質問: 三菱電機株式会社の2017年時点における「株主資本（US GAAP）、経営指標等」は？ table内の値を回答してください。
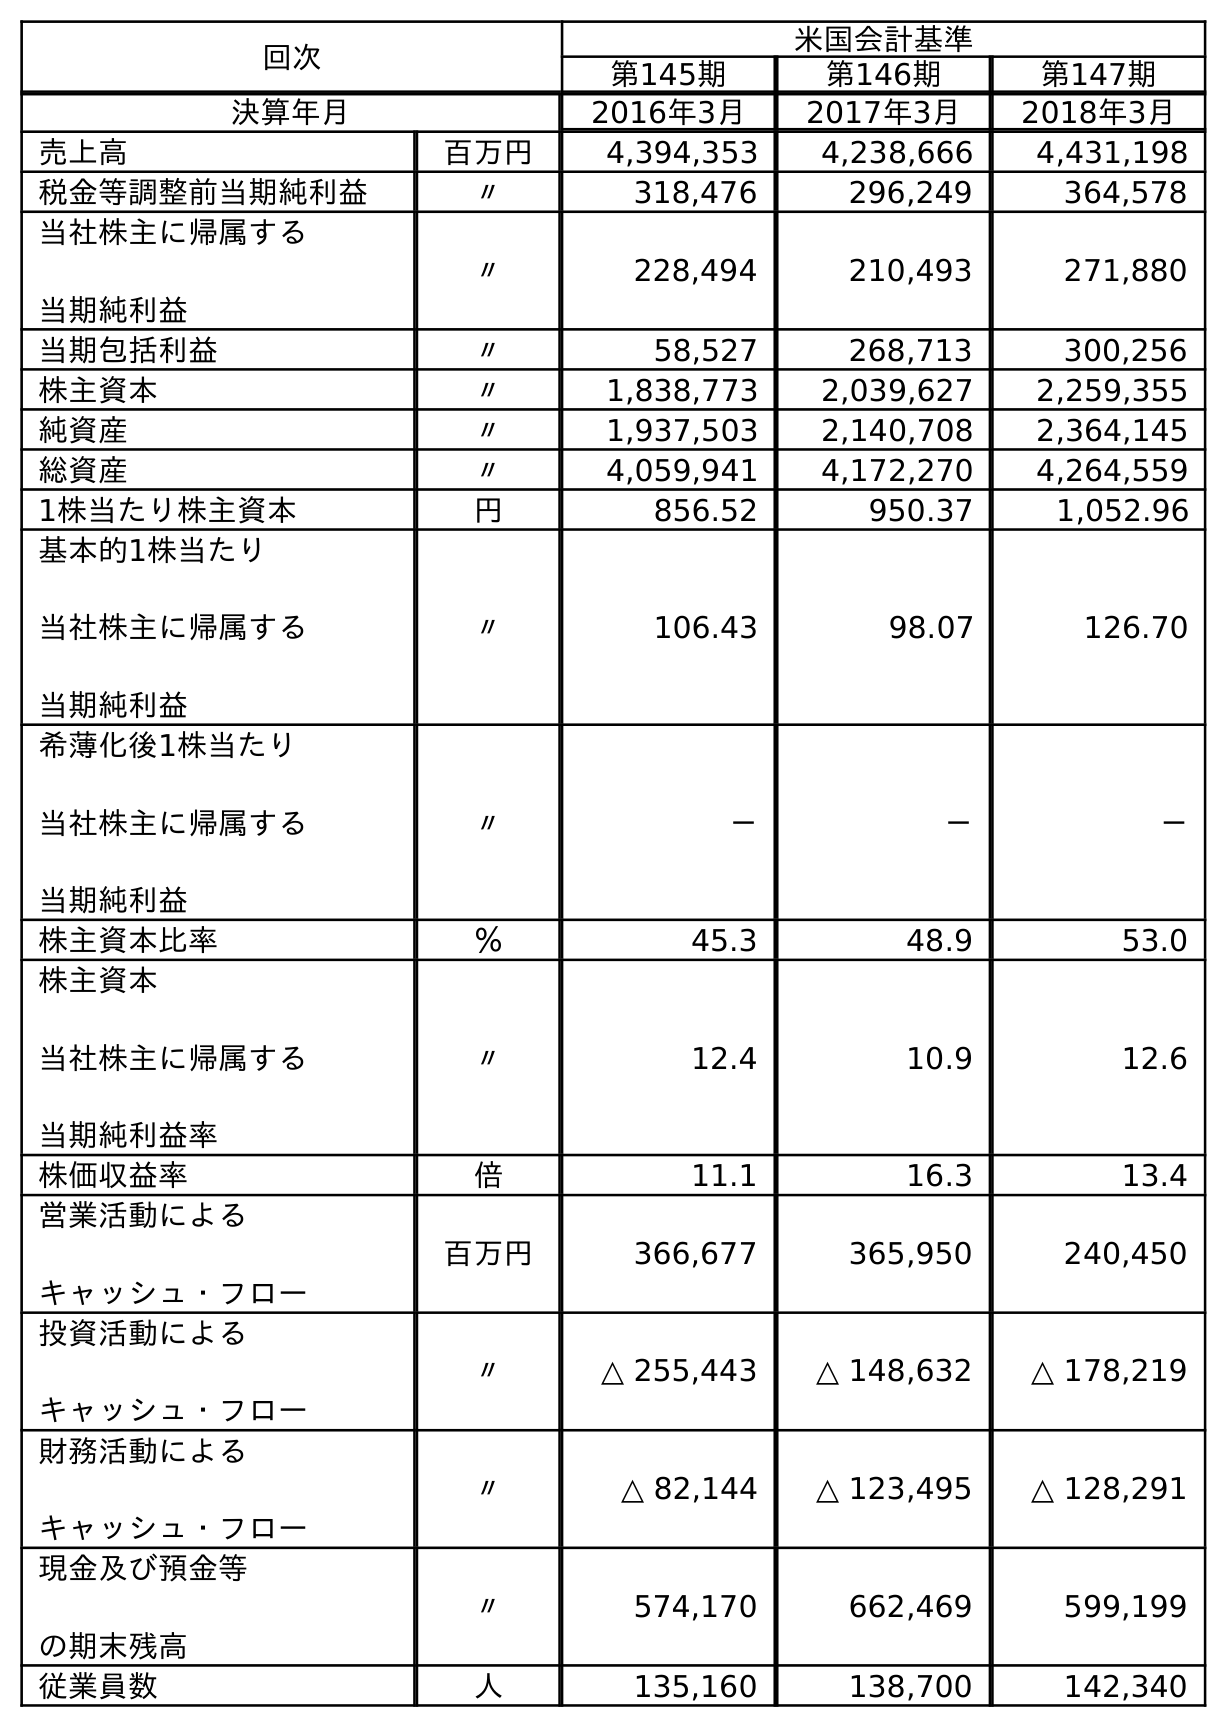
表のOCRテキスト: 回次 米国会計基準 第145期 第146期 第147期 決算年月 2016年3月 2017年3月 2018年3月 売上高 百万円 4,394,353 4,238,666 4,431,198 税金等調整前当期純利益 〃 318,476 296,249 364,578 当社株主に帰属する 当期純利益 〃 228,494 210,493 271,880 当期包括利益 〃 58,527 268,713 300,256 株主資本 〃 1,838,773 2,039,627 2,259,355 純資産 〃 1,937,503 2,140,708 2,364,145 総資産 〃 4,059,941 4,172,270 4,264,559 1株当たり株主資本 円 856.52 950.37 1,052.96 基本的1株当たり 当社株主に帰属する 当期純利益 〃 106.43 98.07 126.70 希薄化後1株当たり 当社株主に帰属する 当期純利益 〃 － － － 株主資本比率 ％ 45.3 48.9 53.0 株主資本 当社株主に帰属する 当期純利益率 〃 12.4 10.9 12.6 株価収益率 倍 11.1 16.3 13.4 営業活動による キャッシュ・フロー 百万円 366,677 365,950 240,450 投資活動による キャッシュ・フロー 〃 △ 255,443 △ 148,632 △ 178,219 財務活動による キャッシュ・フロー 〃 △ 82,144 △ 123,495 △ 128,291 現金及び預金等 の期末残高 〃 574,170 662,469 599,199 従業員数 人 135,160 138,700 142,340
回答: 2,039,627